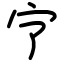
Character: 㝋